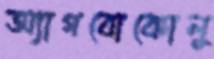
অ্যাগবোকোলু